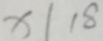
x \vert 1 8